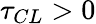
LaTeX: \tau_{CL}>0